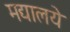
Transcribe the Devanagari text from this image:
मद्यालये